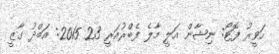
ހަވީރު ފޮޓޯ: ނިޝާން އަލީ މާލެ ފެބްރުއަރީ 23 2015: އަބްދު ގާޒީ